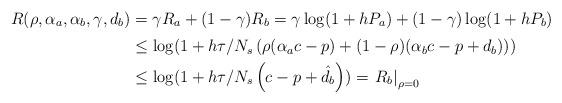
LaTeX: \begin{align*}R(\rho,\alpha_a,\alpha_b,\gamma,d_b)&=\gamma R_a +(1-\gamma) R_b =\gamma \log(1+hP_a)+(1-\gamma)\log(1+hP_b)\\&\stackrel{}{\leq} \log(1+h\tau/N_s\left(\rho(\alpha_a c-p) +(1-\rho)(\alpha_b c-p+d_b)\right)) \\&\stackrel{}{\leq} \log(1+h\tau/N_s\left(c-p+ \hat{d}_b\right))= \left.R_b\right\vert_{\rho=0} \end{align*}